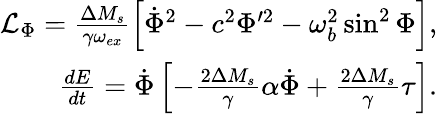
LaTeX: \begin{array}{r}{\mathcal{L}_{\Phi}=\frac{\Delta M_{s}}{\gamma\omega_{ex}}\left[\dot{\Phi}^{2}-c^{2}\Phi^{\prime 2}-\omega_{b}^{2}\sin^{2}\Phi\right],}\\ {\frac{dE}{dt}=\dot{\Phi}\left[-\frac{2\Delta M_{s}}{\gamma}\alpha\dot{\Phi}+\frac{2\Delta M_{s}}{\gamma}\tau\right].}\end{array}